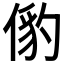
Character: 𬿅